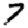
Digit: 4